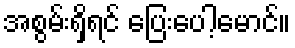
အစွမ်းရှိရင် ပြေးပေါ့မောင်။